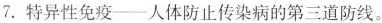
7.特异性免疫-人体防止传染病的第三道防线。